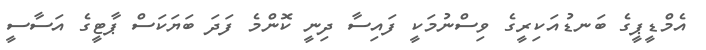
އެމްޑީޕީގެ ބަނޑުއަކިރީގެ ވިސްނުމަކީ ފައިސާ ދިނީ ކޮންމެ ފަދަ ބަޔަކަސް ޕާޓީގެ އަސާސީ